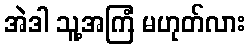
အဲဒါ သူ့အကြံ မဟုတ်လား